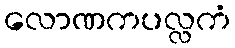
လောဏကပလ္လကံ